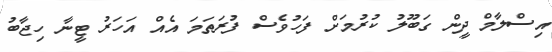
އިސްލާމް ދީން ގަބޫލު ކުރުމަށް ފަހުވެސް ފުރަތަމަ އެއް އަހަރު ޓީނާ ހިޖާބު